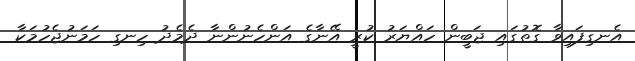
އެނގިފައިވާ ގޮތުގައި ޖަބީން ހައްޔަރު ކުރީ އޭނާގެ އަންހެނުންނާ ދެމެދު ހިނގި ހަމަނުޖެހުމަކާ